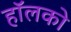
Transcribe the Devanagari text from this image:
हॉलको